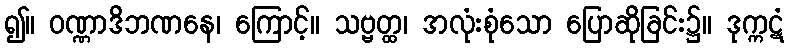
၍။ ဝဏ္ဏာဒိဘဏနေ၊ ကြောင့်။ သဗ္ဗတ္ထ၊ အလုံးစုံသော ပြောဆိုခြင်း၌။ ဒုက္ကဋံ